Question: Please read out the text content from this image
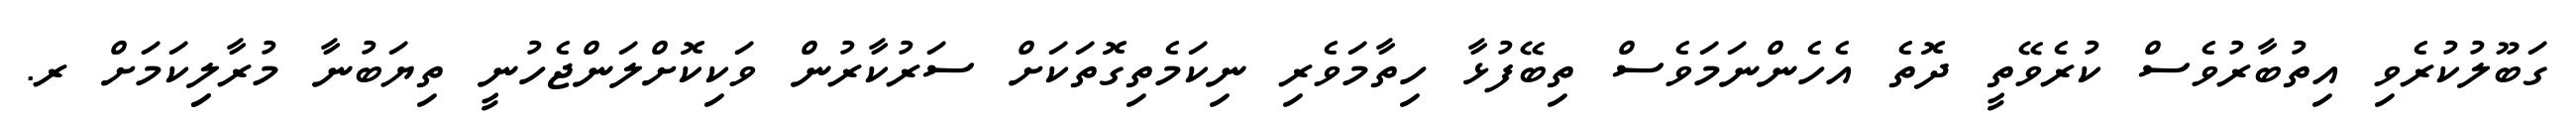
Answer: ގަބޫލުކުރެވި އިތުބާރުވެސް ކުރެވޭތީ ދޮތެ އެހެންނަމަވެސް ތިބޭފުޅާ ހިތާމަވެރި ނިކަމެތިގޮތަކަށް ސަރުކާރުން ވަކިކޮށްލަންޖެހުނީ ތިޔަބުނާ މުރާލިިކަމަށް ރ.